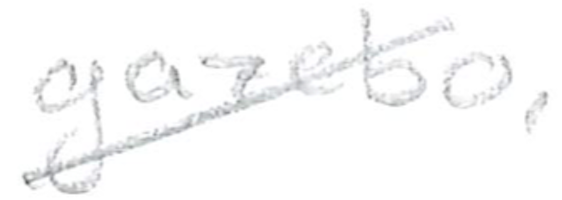
Text: gazebo,
Cross-out: diagonal
Writing tool: pencil